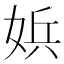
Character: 娦